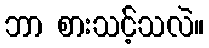
ဘာ စားသင့်သလဲ။